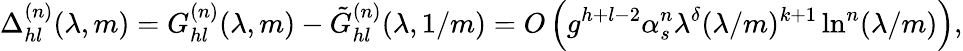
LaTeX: \Delta_{hl}^{(n)}(\lambda,m)=G_{hl}^{(n)}(\lambda,m)-\tilde{G}_{hl}^{(n)}(\lambda,1/m)=O\left(g^{h+l-2}\alpha_{s}^{n}\lambda^{\delta}(\lambda/m)^{k+1}\ln^{n}(\lambda/m)\right),